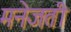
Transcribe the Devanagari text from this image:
मनेजती